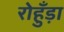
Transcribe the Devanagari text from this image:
रोहुँड़ा